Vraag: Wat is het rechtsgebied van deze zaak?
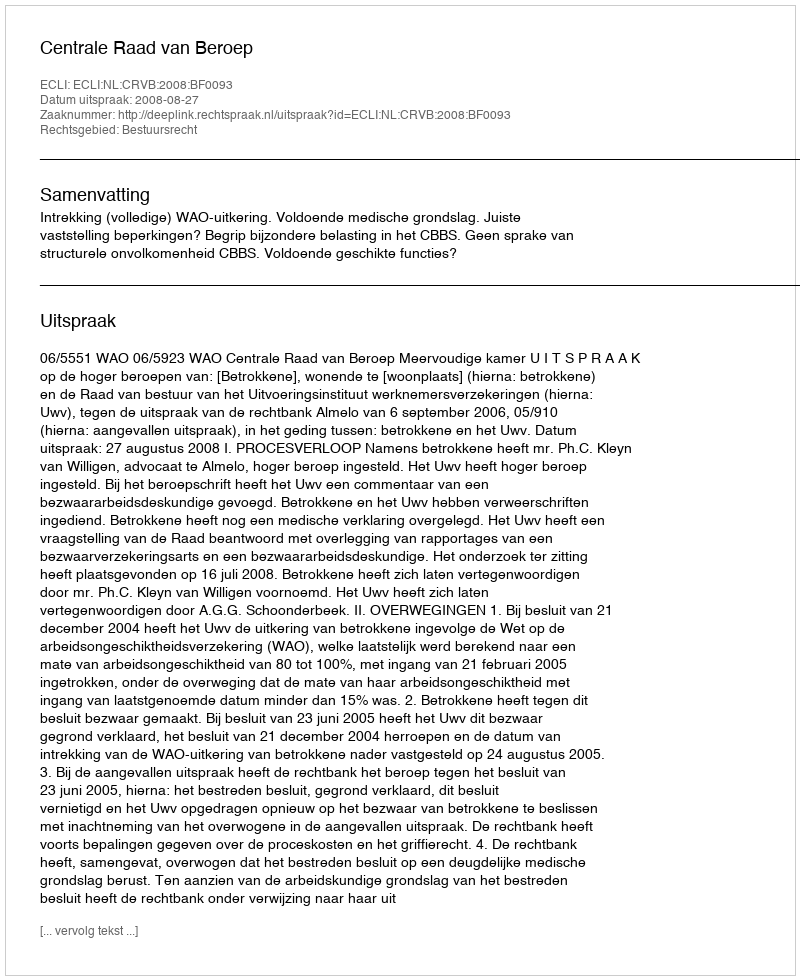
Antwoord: Bestuursrecht